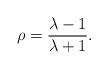
LaTeX: \begin{align*}\rho = \frac{\lambda-1}{\lambda+1}.\end{align*}